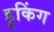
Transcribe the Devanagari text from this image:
हुकिंग